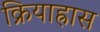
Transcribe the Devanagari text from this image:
क्रियाह्रास